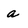
Character: a